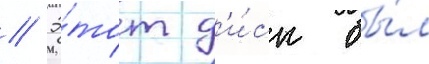
// Э́тот д'и́ск бы́л